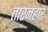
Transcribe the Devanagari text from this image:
तारनहार